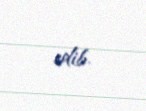
edib.